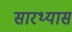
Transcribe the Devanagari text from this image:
सारथ्यास